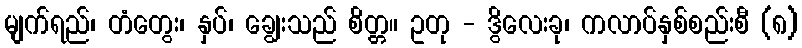
မျက်ရည်၊ တံတွေး၊ နှပ်၊ ချွေးသည် စိတ္တ။ ဥတု - ဒွိလေးခု၊ ကလာပ်နှစ်စည်းစီ (၈)